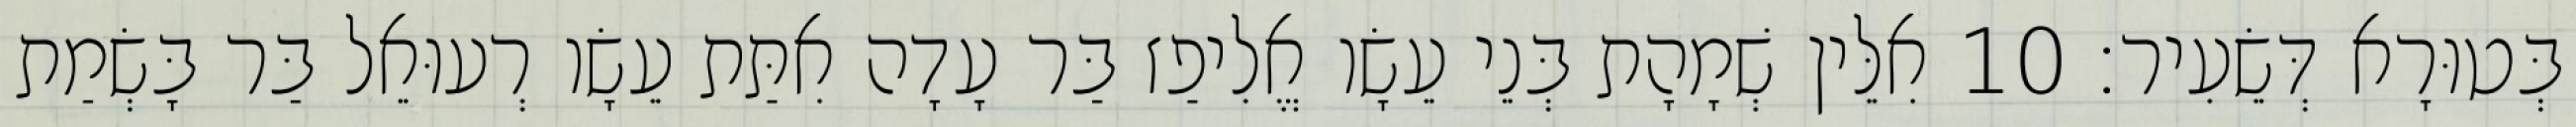
בְּטוּרָא דְּשֵׂעִיר׃ 10 אִלֵּין שְׁמָהָת בְּנֵי עֵשָׂו אֱלִיפַז בַּר עָדָה אִתַּת עֵשָׂו רְעוּאֵל בַּר בָּשְׂמַת